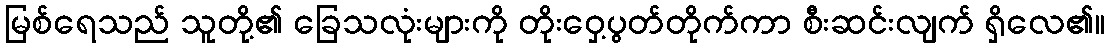
မြစ်ရေသည် သူတို့၏ ခြေသလုံးများကို တိုးဝှေ့ပွတ်တိုက်ကာ စီးဆင်းလျက် ရှိလေ၏။